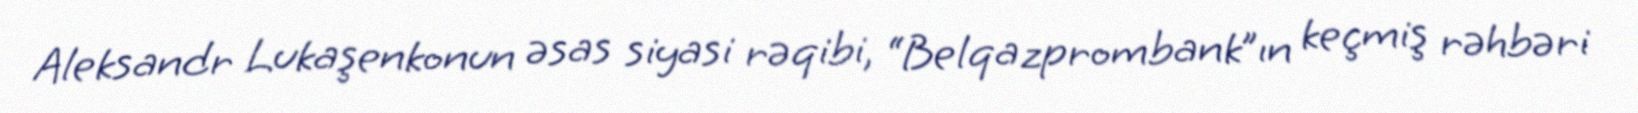
Aleksandr Lukaşenkonun əsas siyasi rəqibi, “Belqazprombank”ın keçmiş rəhbəri